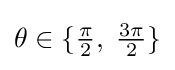
\theta \in \{{\tfrac {\pi }{2}},\;{\tfrac {3\pi }{2}}\}